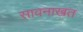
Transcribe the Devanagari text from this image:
सावनाखत